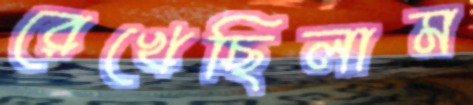
রেখেছিলাম